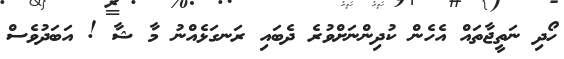
ހޯދި ނަތީޖާތައް އެހެން ކުދިންނަށްވުރެ ދެބައި ރަނގަޅެއްނު މާ ޝާ ! އަބަދުވެސް